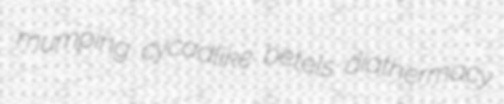
mumping cycadlike betels diathermacy